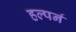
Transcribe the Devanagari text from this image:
हल्पर्न